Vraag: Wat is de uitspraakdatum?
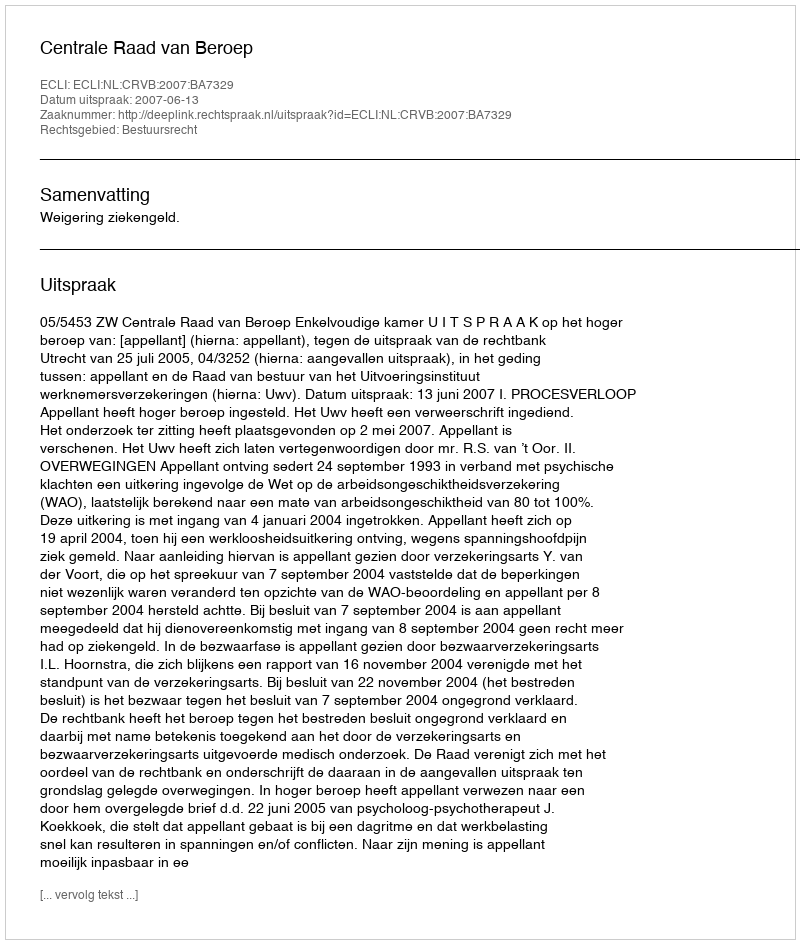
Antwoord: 2007-06-13